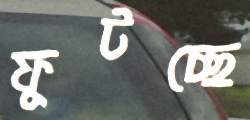
ফুটচ্ছে